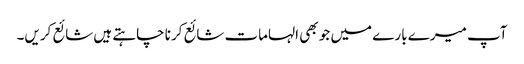
آپ میرے بارے میں جو بھی الہامات شائع کرنا چاہتے ہیں شائع کریں۔